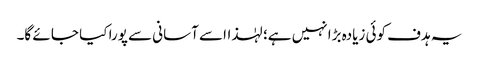
یہ ہدف کوئی زیادہ بڑا نہیں ہے؛ لہٰذااسے آسانی سے پورا کیا جا ئے گا۔